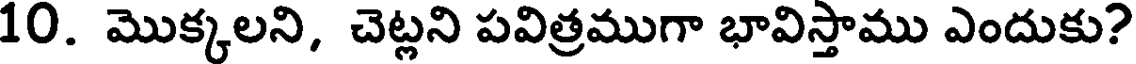
10. మొక్కలని, చెట్లని పవిత్రముగా భావిస్తాము ఎందుకు?